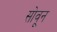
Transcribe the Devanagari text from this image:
सोवून